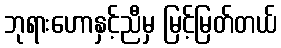
ဘုရားဟောနှင့်ညီမှ မြင့်မြတ်တယ်